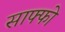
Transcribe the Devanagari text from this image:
साफ्फो